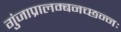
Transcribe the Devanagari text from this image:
गुंजाप्रालम्बनच्छन्नः